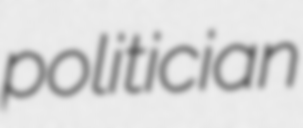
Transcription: politician